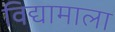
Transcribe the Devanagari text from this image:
विद्यामाला